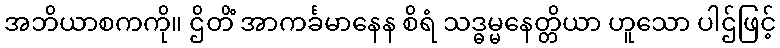
အဘိယာစကကို။ ဌိတိံ အာကင်္ခမာနေန စိရံ သဒ္ဓမ္မနေတ္တိယာ ဟူသော ပါဌ်ဖြင့်